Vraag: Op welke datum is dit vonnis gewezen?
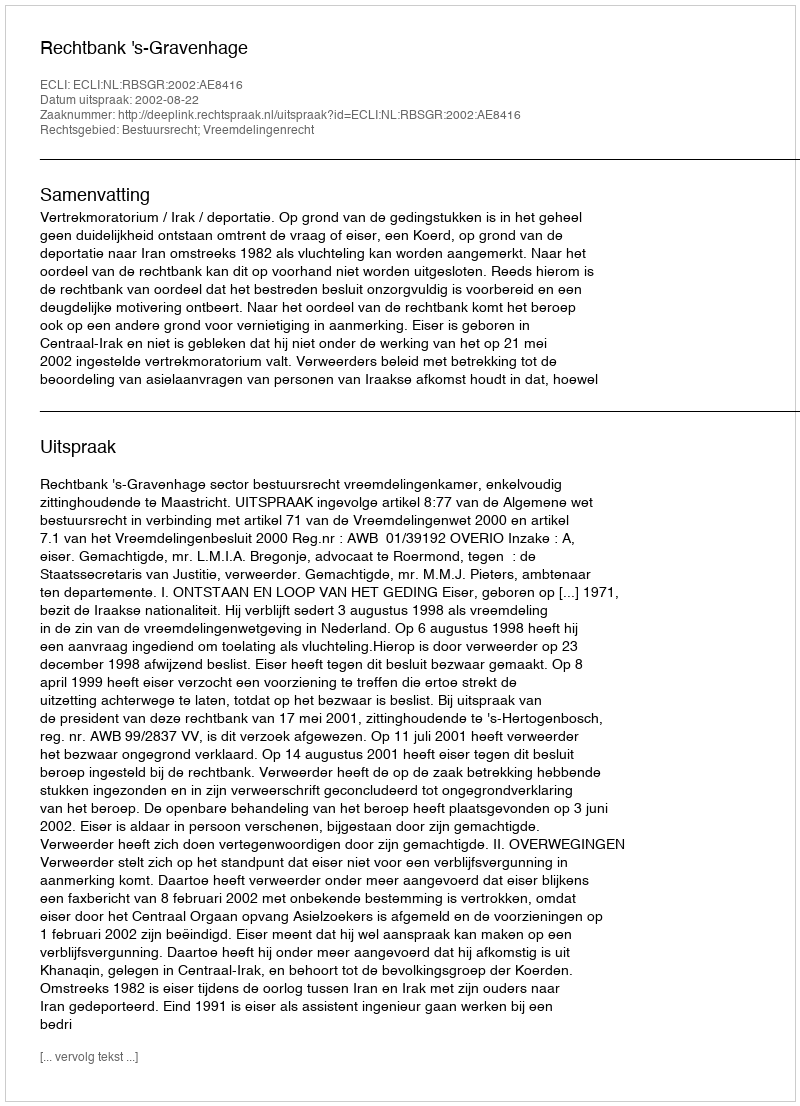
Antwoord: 2002-08-22